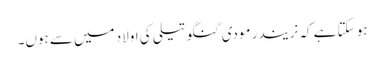
ہو سکتا ہے کہ نریندر مودی گنگو تیلی کی اولاد میں سے ہوں۔